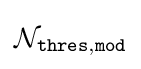
{\mathcal {N}}_{\mathtt {thres,mod}}